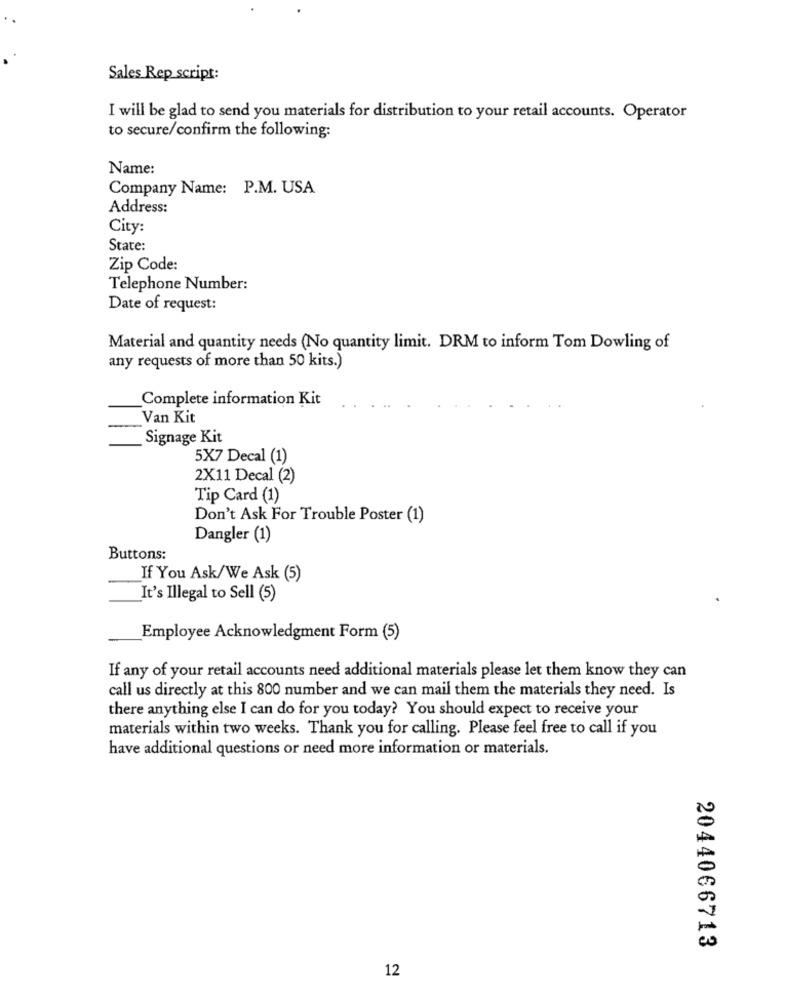
Sales Rep script:
I will be glad to send you materials for distribution to your retail accounts. Operator
to secure/confirm the following:
Name:
Company Name: P.M. USA
Address:
City:
State:
Zip Code:
Telephone Number:
Date of request:
Material and quantity needs (No quantity limit. DRM to inform Tom Dowling of
any requests of more than 50 kits.)
Complete information Kit
Van Kit
Signage Kit
5X7 Decal (1)
2X11 Decal (2)
Tip Card (1)
Don't Ask For Trouble Poster (1)
Dangler (1)
Buttons:
If You Ask/We Ask (5)
It's Illegal to Sell (5)
Employee Acknowledgment Form (5)
If any of your retail accounts need additional materials please let them know they can
call us directly at this 800 number and we can mail them the materials they need. Is
there anything else I can do for you today? You should expect to receive your
materials within two weeks. Thank you for calling. Please feel free to call if you
have additional questions or need more information or materials.
2044066713
12